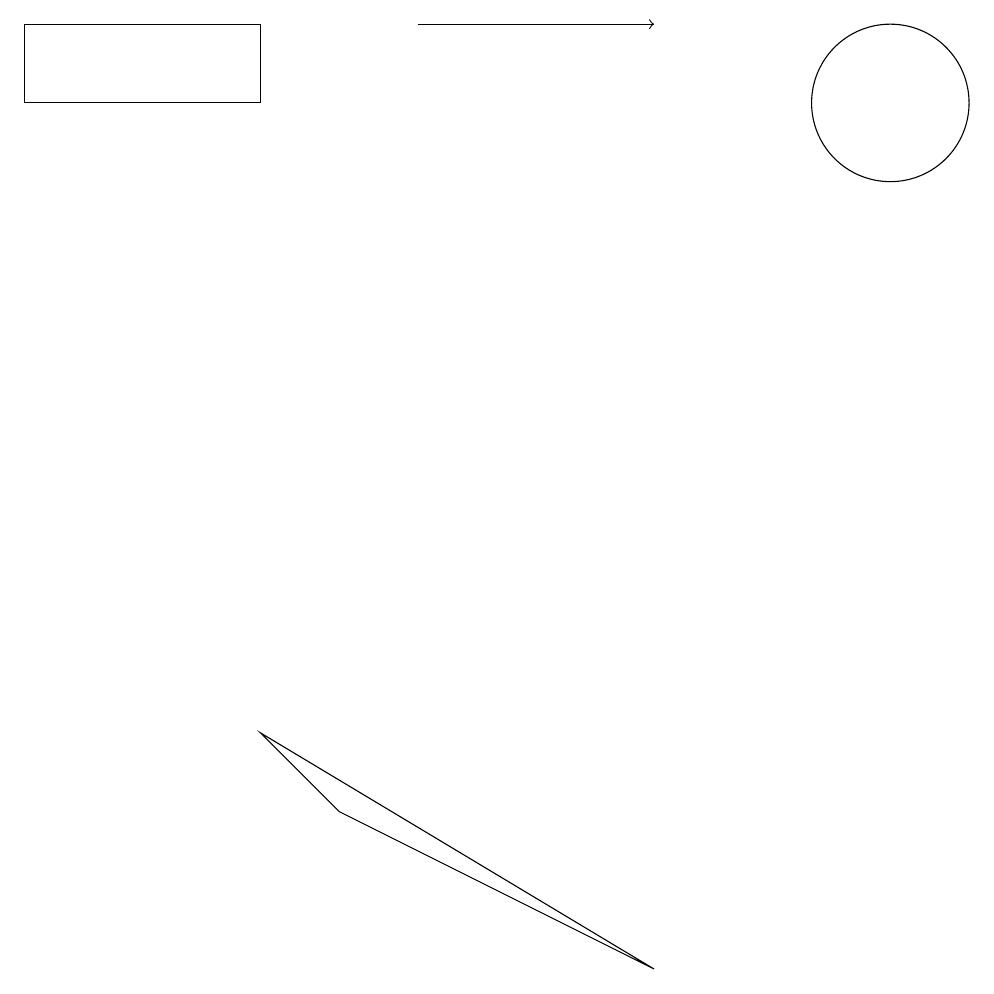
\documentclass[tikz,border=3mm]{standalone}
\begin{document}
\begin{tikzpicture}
\draw[->] (6,13) -- (9,13);
\draw (1,13) rectangle (4,12);
\draw (12,12) circle (1);
\draw (5,3) -- (9,1) -- (4,4) -- cycle;
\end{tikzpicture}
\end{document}